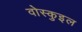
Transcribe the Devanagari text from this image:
वोस्कुइल